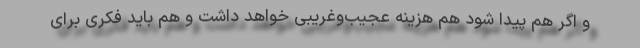
و اگر هم پیدا شود هم هزینه عجیب‌وغریبی خواهد داشت و هم باید فکری برای